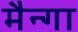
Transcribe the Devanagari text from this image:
मैन्गा